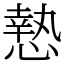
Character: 慹